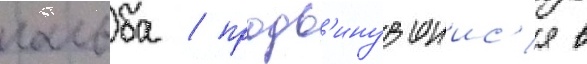
гальба / продв'инувшиис'я в